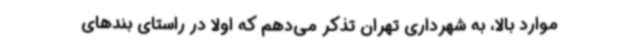
موارد بالا، به شهرداری تهران تذکر می‌دهم که اولاً در راستای بندهای